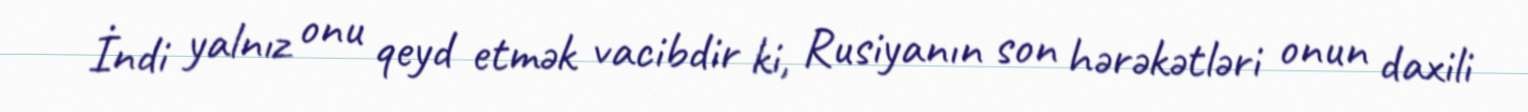
İndi yalnız onu qeyd etmək vacibdir ki, Rusiyanın son hərəkətləri onun daxili